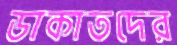
ডাকাতদের